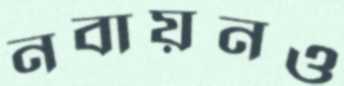
নবায়নও